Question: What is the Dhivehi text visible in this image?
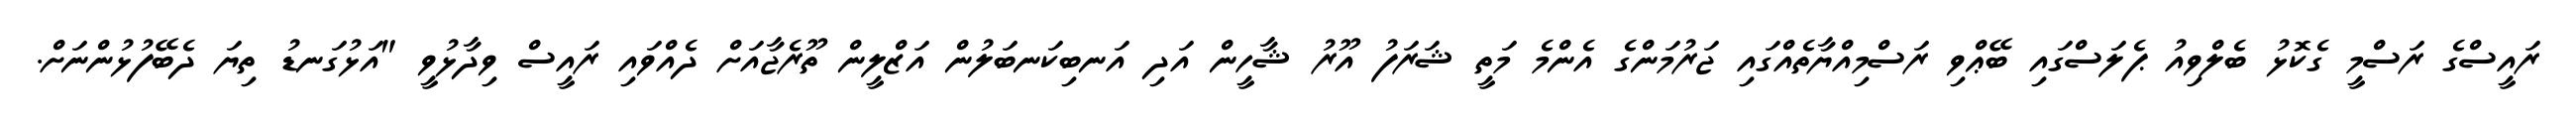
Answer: ރައީސްގެ ރަސްމީ ގެކޮޅު ބެލްވިއު ޕެލަސްގައި ބޭޢްވި ރަސްމިއްޔާތެއްގައި ޖަރުމަންގެ އެންމެ މަތީ ޝަރަފު އޫރު ޝާހީން އަދި އަނބިކަނބަލުން އަޒްލީން ތޫރެޖާއަށް ދެއްވައި ރައީސް ވިދާޅުވީ "އަޅުގަނޑު ތިޔަ ދެބޭފުޅުންނަށް.